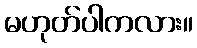
မဟုတ်ပါကလား။